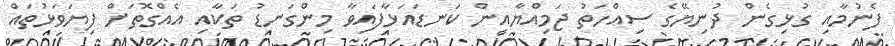
ފެނުމާއި ގުޅިގެން ދުނިޔޭގެ ސިއްހަތު ޖަމިއްޔާއިން ކަނޑައަޅާފައިވާ މިންގަނޑު ތަކާއި އެއްގޮތަށް ފިޔަވަޅުތައް